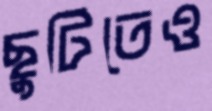
ছুটিতেও